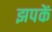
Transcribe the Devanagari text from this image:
झपकें